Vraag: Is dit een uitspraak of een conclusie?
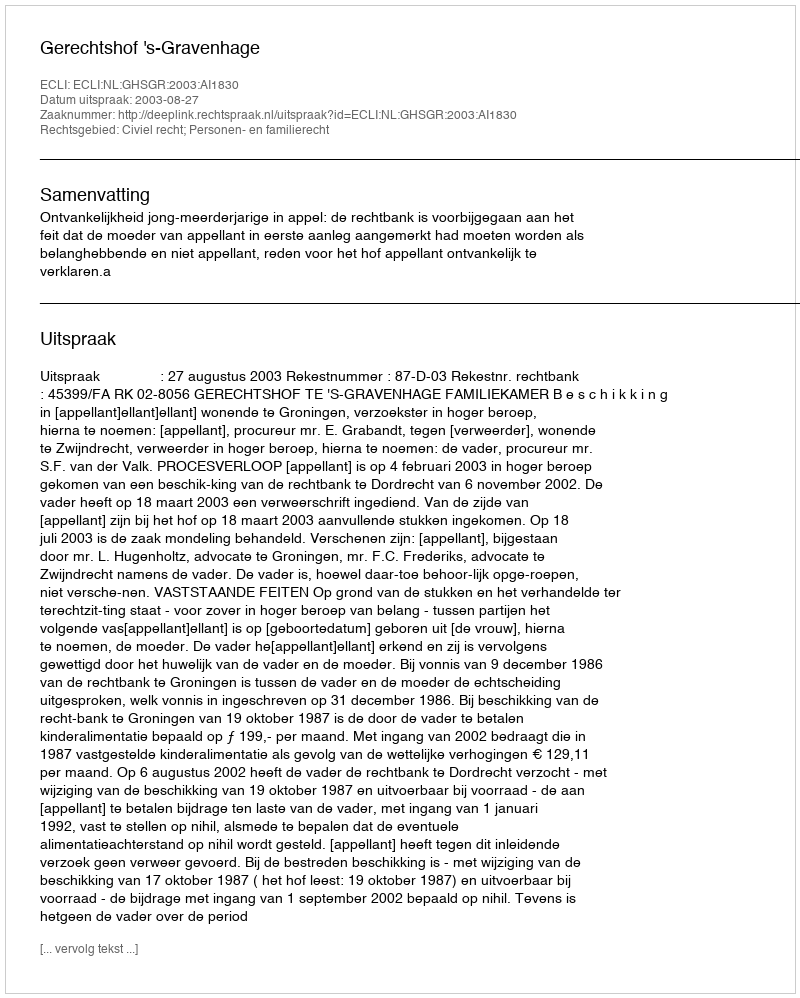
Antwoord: Uitspraak